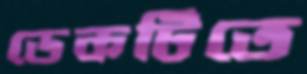
ডেকটিতে